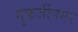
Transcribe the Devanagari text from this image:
मुकर्जीनगर